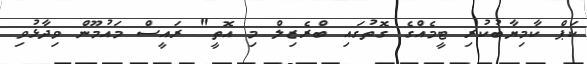
ކަޕް ކާމިޔާބުކުރި ޓީމެއްގެ ގޮތުގައި ބްރެޒިލް މި އޮތީ" ރައީސް މައުމޫން ވިދާޅުވި